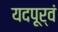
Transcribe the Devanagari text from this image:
यदपूर्वं